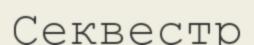
Секвестр